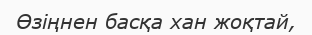
Өзіңнен басқа хан жоқтай,